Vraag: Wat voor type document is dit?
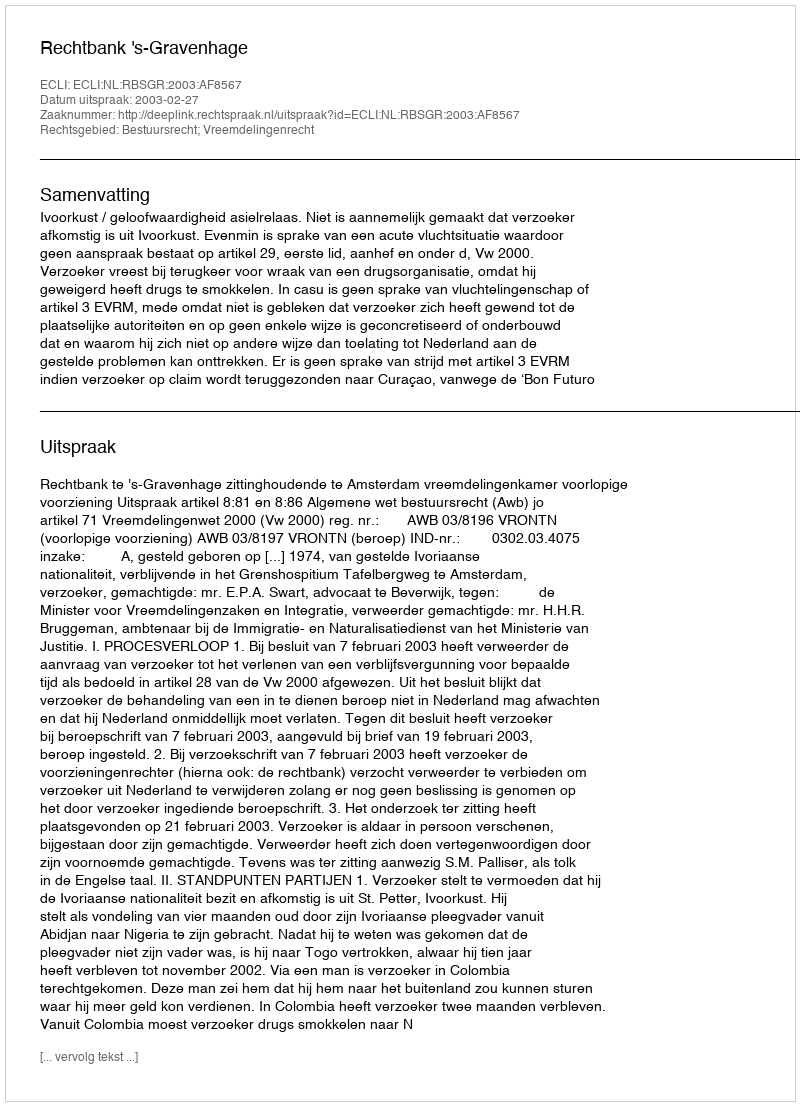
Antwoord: Uitspraak